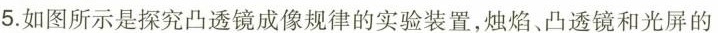
5.如图所示是探究凸透镜成像规律的实验装置，烛焰、凸透镜和光屏的